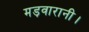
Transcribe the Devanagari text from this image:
मड़वारानी।